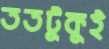
ততটুকুই